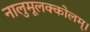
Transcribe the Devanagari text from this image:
नालुमूलक्कोलम्।